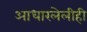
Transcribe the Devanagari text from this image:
आधारलेलीही